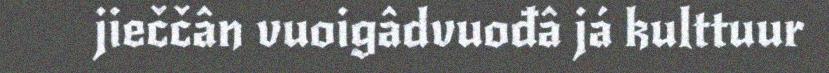
jieččân vuoigâdvuođâ já kulttuur